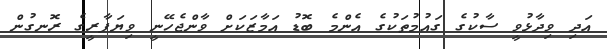
އަދި ވިދާޅުވީ ސާކުގެ ގައުމުތަކުގެ އެންމެ ބޮޑު އަމާޒަކަށް ވާންޖެހޭނީ ވިޔަފާރީގެ ރޮނގުން